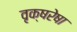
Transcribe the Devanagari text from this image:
वृक्षरेषा